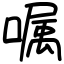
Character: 嘱